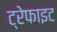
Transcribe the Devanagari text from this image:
ट्रेफाइट